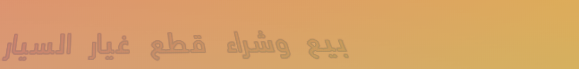
بيع وشراء قطع غيار السيار